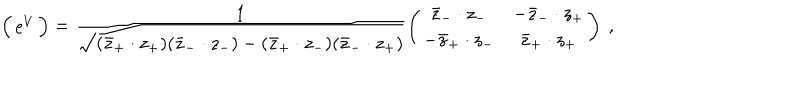
\Big ( \begin{array} { c c } { { \mathrm { e } ^ { V } } } \\ \end{array} \Big ) = \frac 1 { \sqrt { ( \bar { z } _ { + } \cdot z _ { + } ) ( \bar { z } _ { - } \cdot z _ { - } ) - ( \bar { z } _ { + } \cdot z _ { - } ) ( \bar { z } _ { - } \cdot z _ { + } ) } } \left( \begin{array} { c c } { { \bar { z } _ { - } \cdot z _ { - } } } & { { - \bar { z } _ { - } \cdot z _ { + } } } \\ { { - \bar { z } _ { + } \cdot z _ { - } } } & { { \bar { z } _ { + } \cdot z _ { + } } } \\ \end{array} \right) \ ,